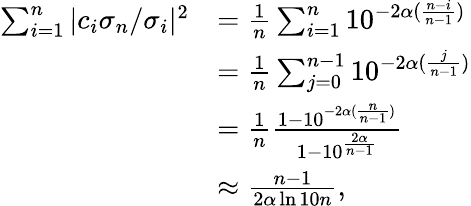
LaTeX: \begin{array}{rl}{\sum_{i=1}^{n}\vert c_{i}\sigma_{n}/\sigma_{i}\vert^{2}}&{=\frac{1}{n}\sum_{i=1}^{n}10^{-2\alpha(\frac{n-i}{n-1})}}\\ &{=\frac{1}{n}\sum_{j=0}^{n-1}10^{-2\alpha(\frac{j}{n-1})}}\\ &{=\frac{1}{n}\frac{1-10^{-2\alpha(\frac{n}{n-1})}}{1-10^{\frac{2\alpha}{n-1}}}}\\ &{\approx\frac{n-1}{2\alpha\ln 10n},}\end{array}